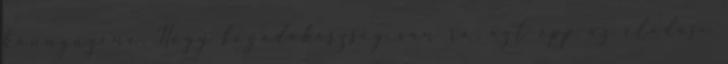
könnyűzene. Hogy fogadókészség van rá, azt épp az eladási